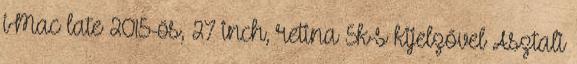
iMac late 2015-ös, 27 inch, retina 5k-s kijelzővel Asztali